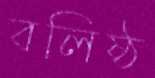
বলিষ্ঠ